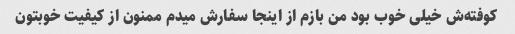
کوفته‌ش خیلی خوب بود من بازم از اینجا سفارش میدم ممنون از کیفیت خوبتون